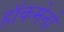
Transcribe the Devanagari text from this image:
हाॅकमेनों